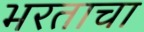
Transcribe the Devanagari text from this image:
भरताचा